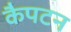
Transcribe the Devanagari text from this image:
कैपटन